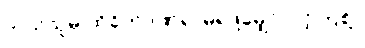
ဘယ်သူမှ ထိခိုက်ဒဏ်ရာမရဖို့မျှော်လင့်ကြစို့။